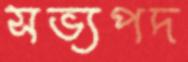
সভ্যপদ